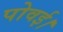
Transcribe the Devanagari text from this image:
पोवई।